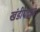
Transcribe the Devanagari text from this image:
खंडीयदाब